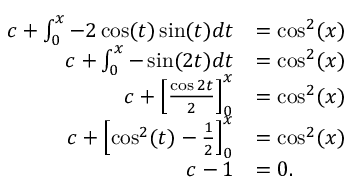
\begin{array} { r l } { c + \int _ { 0 } ^ { x } - 2 \cos ( t ) \sin ( t ) d t } & { = \cos ^ { 2 } ( x ) } \\ { c + \int _ { 0 } ^ { x } - \sin ( 2 t ) d t } & { = \cos ^ { 2 } ( x ) } \\ { c + \left[ \frac { \cos 2 t } { 2 } \right] _ { 0 } ^ { x } } & { = \cos ^ { 2 } ( x ) } \\ { c + \left[ \cos ^ { 2 } ( t ) - \frac { 1 } { 2 } \right] _ { 0 } ^ { x } } & { = \cos ^ { 2 } ( x ) } \\ { c - 1 } & { = 0 . } \end{array}